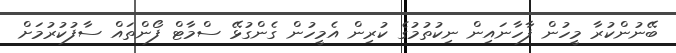
ބޭނުންކުރާ މީހުން ފާހާނައިން ނިކުތުމުގެ ކުރިން އެމީހުން ގެންގުޅޭ ސްމާޓް ފޯންތައް ސާފުކުރުމަށް